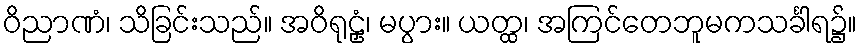
ဝိညာဏံ၊ သိခြင်းသည်။ အဝိရုဠှံ၊ မပွား။ ယတ္ထ၊ အကြင်တေဘူမကသင်္ခါရ၌။